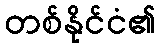
တစ်နိုင်ငံ၏